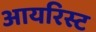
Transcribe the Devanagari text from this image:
आयरिस्ट